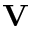
\textbf { V }